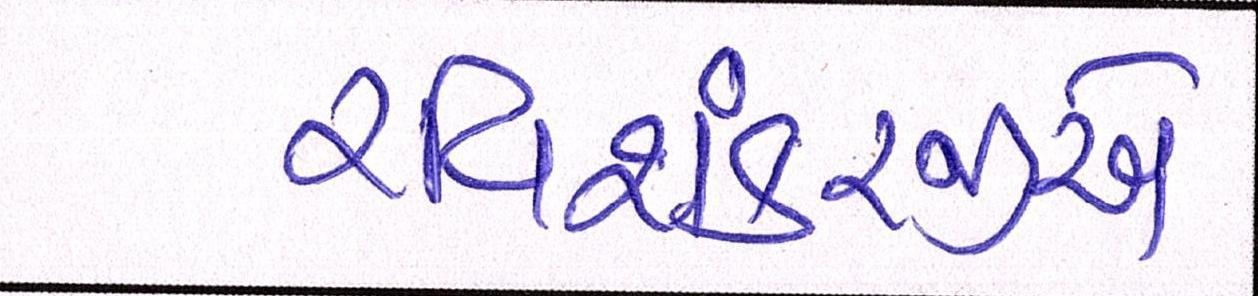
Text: રવિશંકરજીએ